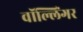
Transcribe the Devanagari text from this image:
वॉल्लिंगर